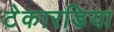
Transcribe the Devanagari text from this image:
टेकारडिया